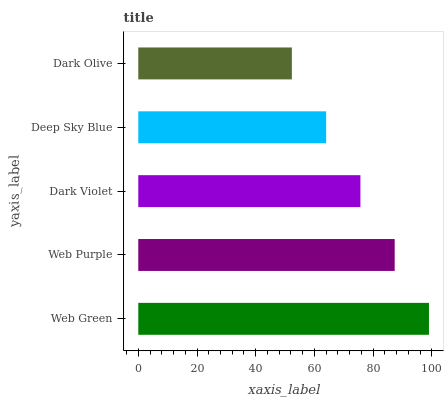
| yaxis_label | bars |
 | --- | --- |
 | Web Green | 99 |
 | Web Purple | 87.3 |
 | Dark Violet | 75.7 |
 | Deep Sky Blue | 64 |
 | Dark Olive | 52.3 |